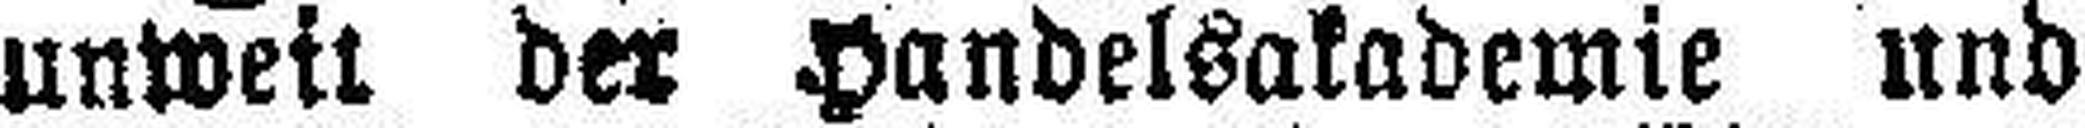
unweit der Handelsakademie und